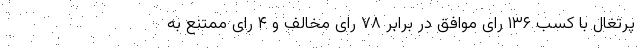
پرتغال با کسب ۱۳۶ رای موافق در برابر ۷۸ رای مخالف و ۴ رای ممتنع به